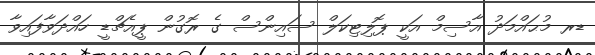
ޑރ މުޙައްމަދު އާސިމް އަކީ ޕޮލިޓިކަލް ސައިންސް ގެ ރޮގުން ޕީއެޗްޑީ ހައްދަވާފައިވާ